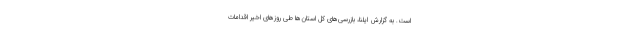
است. به گزارش ایلنا، بازرسی‌های کل استان‌ها طی روز‌های اخیر اقدامات